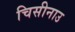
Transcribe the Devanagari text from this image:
चिसीनाउ